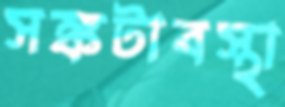
সঙ্কটাবস্থা